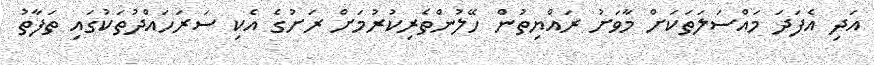
އަދި އެފަދަ މައްސަަލަތަކަށް މާވަށު ރައްޔިތުން ހޭލުންތެރިކުރުމަށް ރަށުގެ އެކި ސަރަހައްދުތަކުގައި ތަފާތު